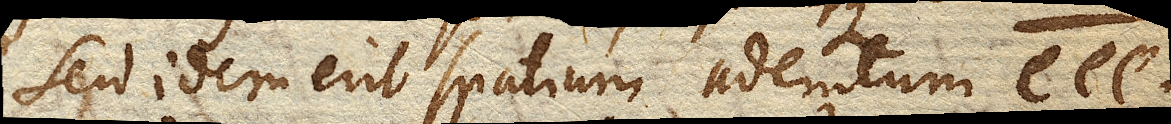
seu idem erit spatium ademtum e ee.